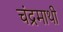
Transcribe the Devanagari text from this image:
चंद्रमाथी